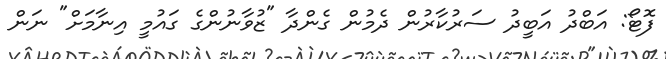
ފޮޓޯ: އަބްދު އަބީދު ސަރުކާރުން ދެމުން ގެންދާ "ޒުވާނުންގެ ގައުމީ އިނާމަށް" ނަން